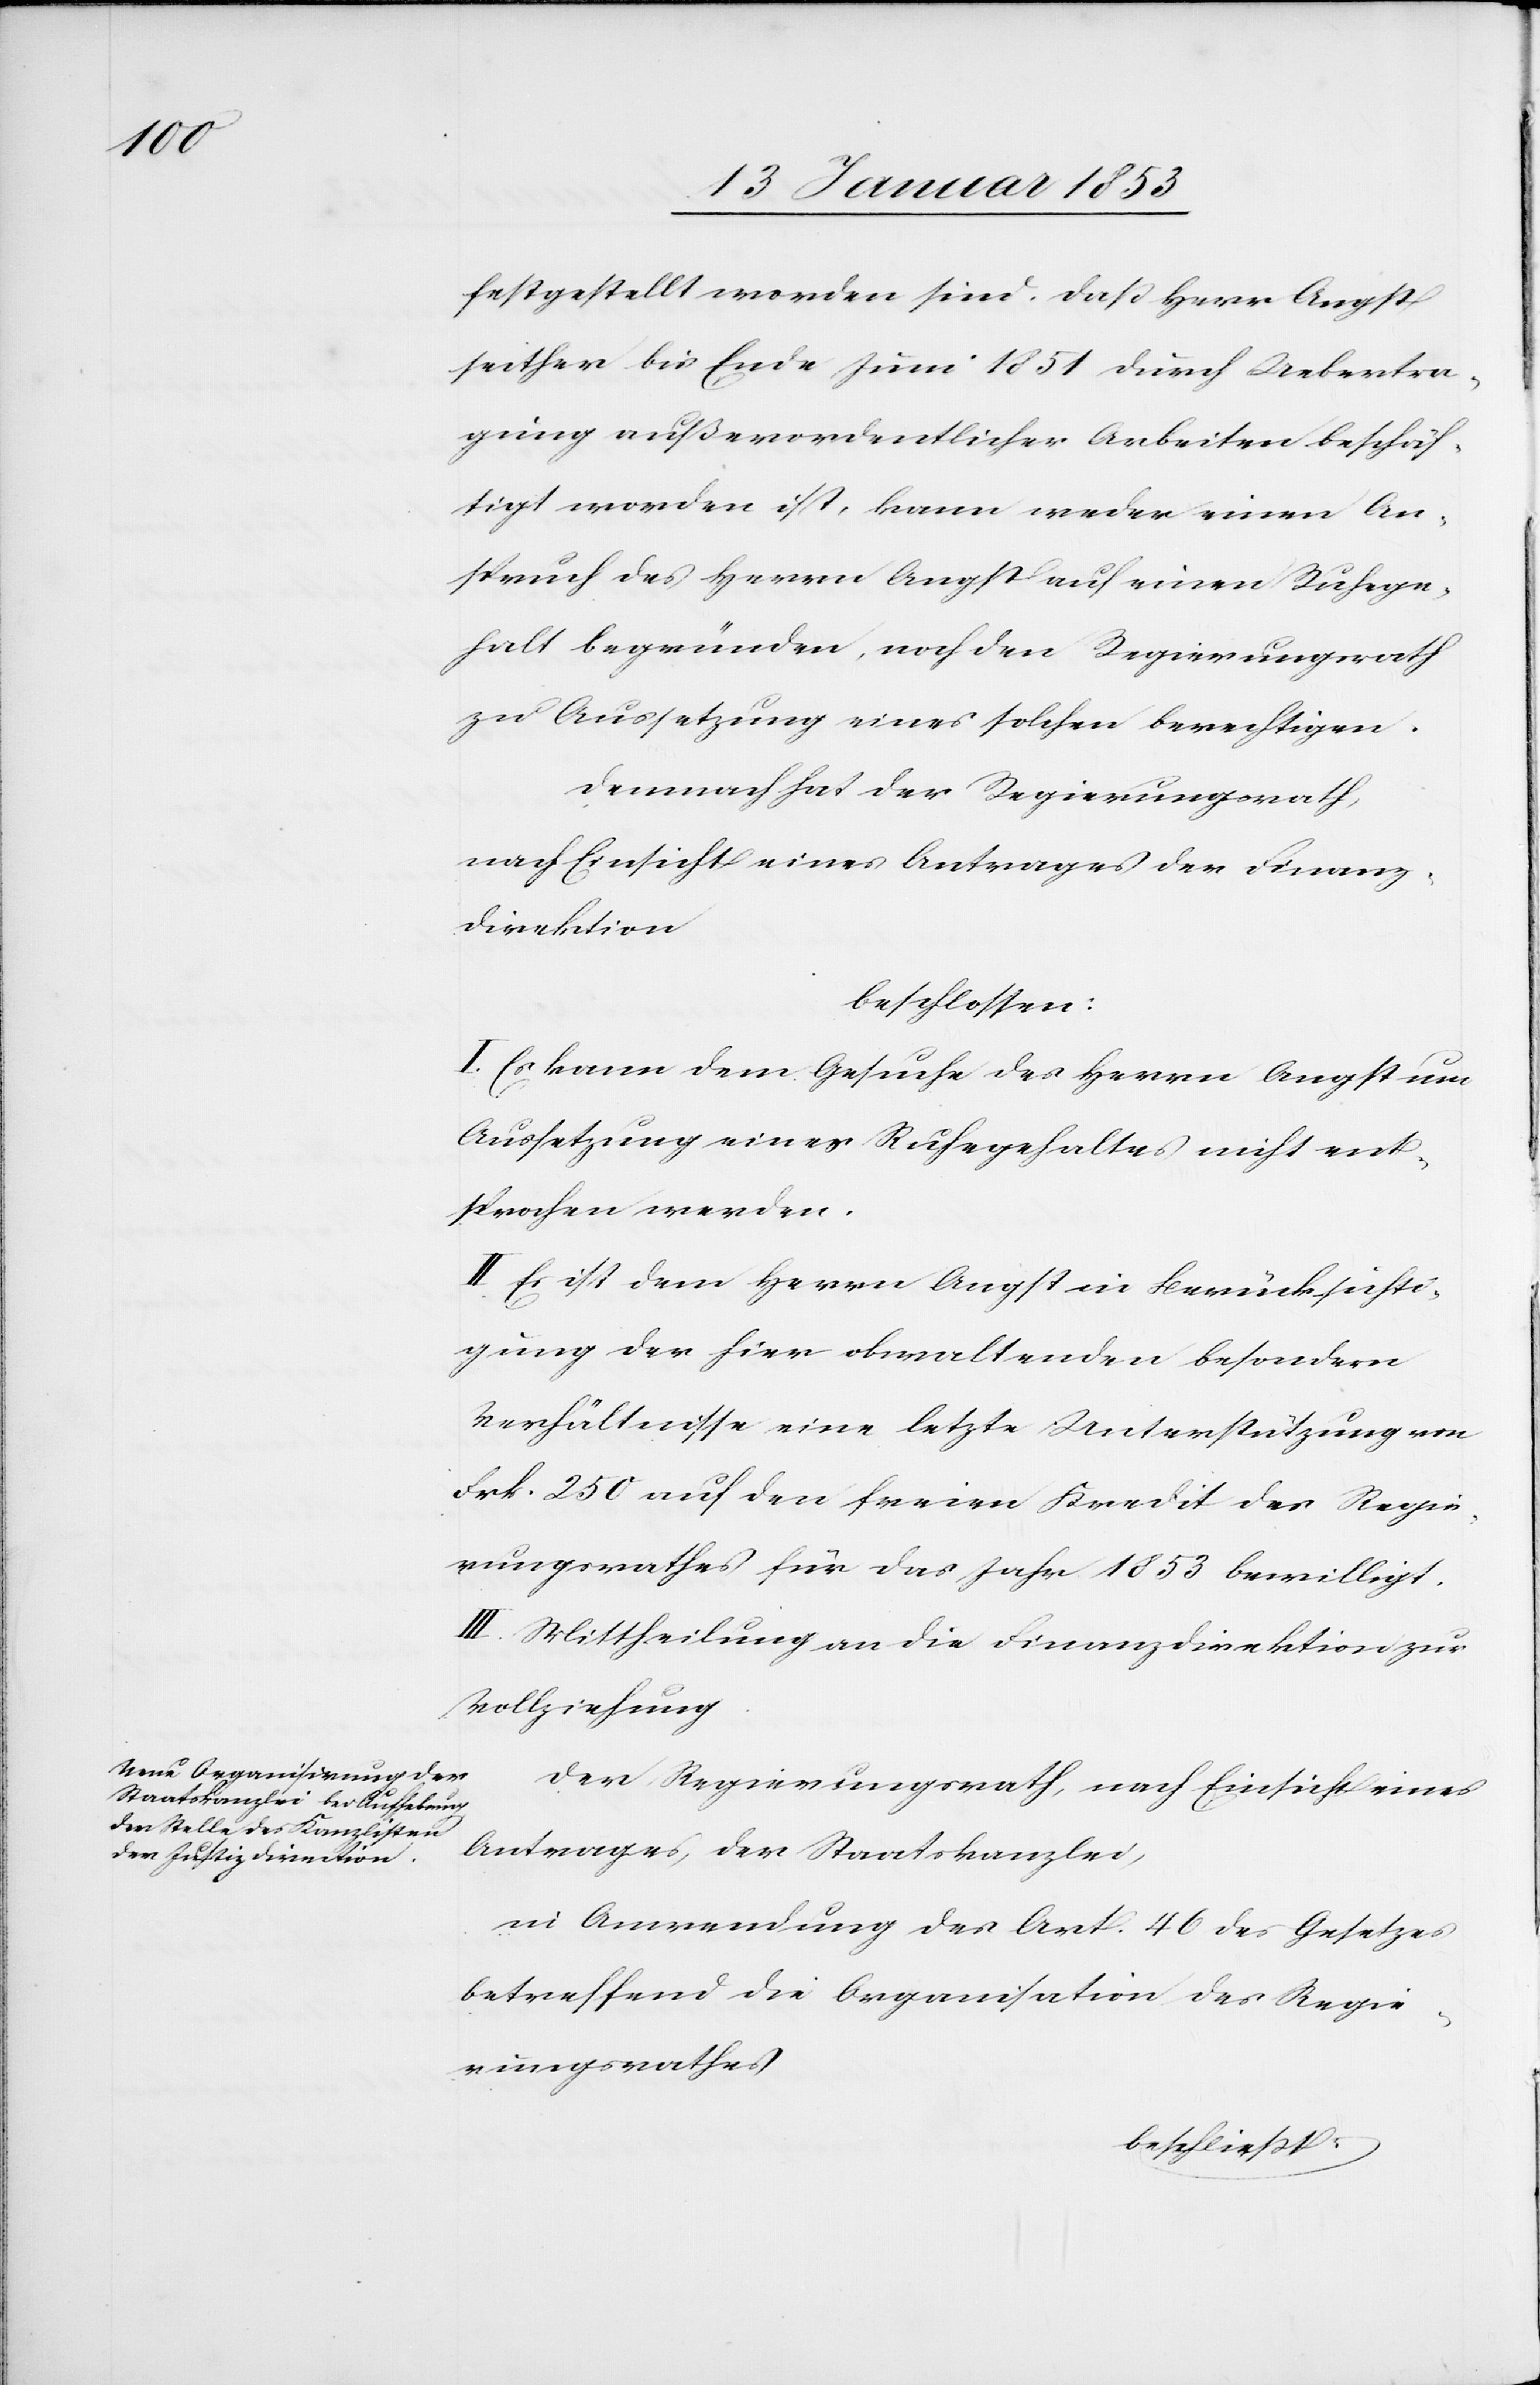
festgestellt worden sind. Daß Herr Angst
seither bis Ende Juni 1851 durch Uebertra¬
gung außerordentlicher Arbeiten beschäf¬
tigt worden ist, kann weder einen An¬
spruch des Herrn Angst auf einen Ruhege¬
halt begründen, noch den Regierungsrath
zu Aussetzung eines solchen berechtigen.
Demnach hat der Regierungsrath,
nach Einsicht eines Antrages der Finanz¬
direktion
beschlossen:
I. Es kann dem Gesuche des Herrn Angst um
Aussetzung eines Ruhegehaltes nicht ent¬
sprochen werden.
II. Es ist dem Herrn Angst in Berücksichti¬
gung der hier obwaltenden besondern
Verhältnisse eine letzte Unterstützung von
Frk. 250 auf den freien Kredit des Regie¬
rungsrathes für das Jahr 1853 bewilligt.
III. Mittheilung an die Finanzdirektion zur
Vollziehung.
Der Regierungsrath, nach Einsicht eines
Antrages, der Staatskanzlei,
in Anwendung des Art. 46 des Gesetzes
betreffend die Organisation des Regie¬
rungsrathes